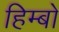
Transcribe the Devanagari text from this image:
हिम्बो